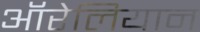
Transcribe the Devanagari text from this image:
ऑरेलियान